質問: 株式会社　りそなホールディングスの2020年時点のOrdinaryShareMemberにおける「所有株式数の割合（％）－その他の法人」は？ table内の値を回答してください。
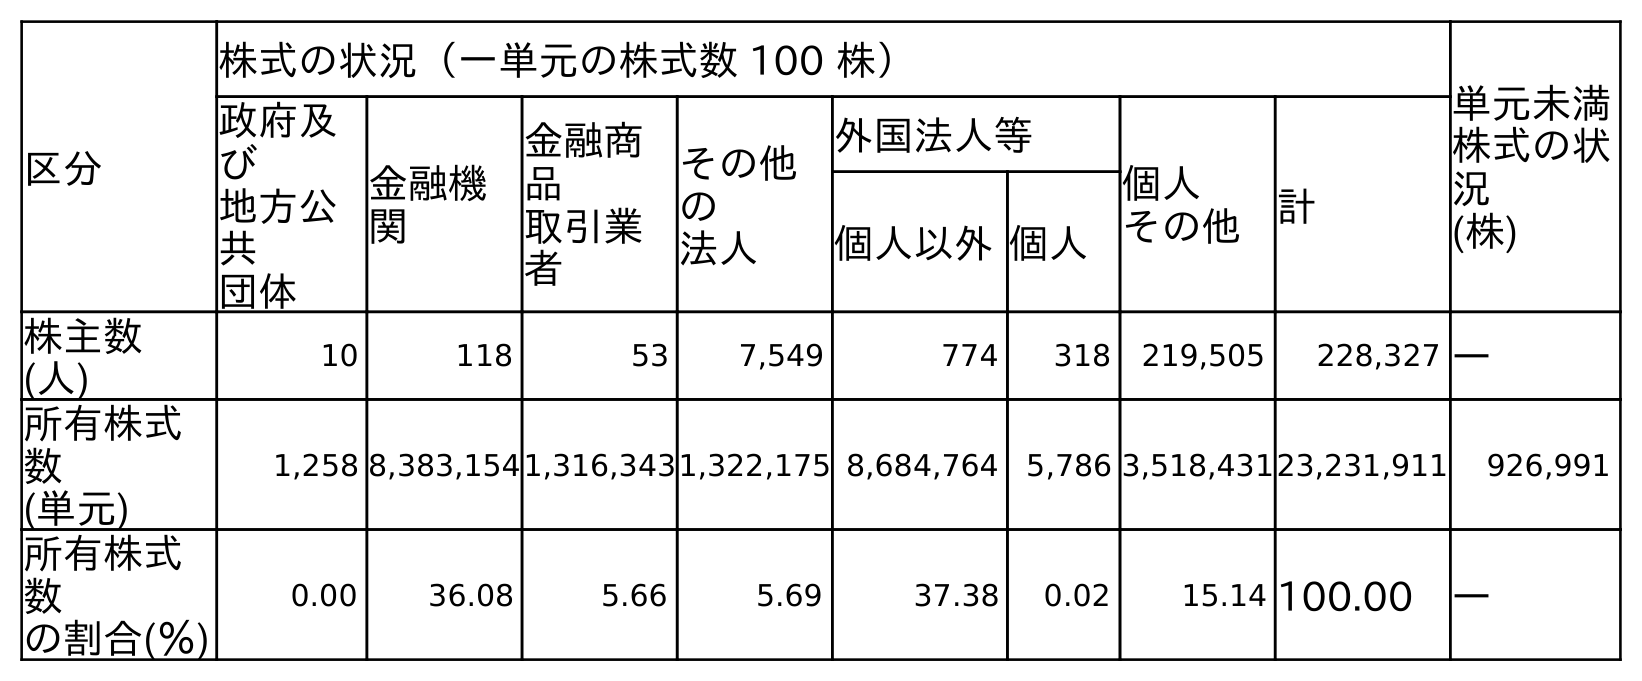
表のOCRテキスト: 区分 株式の状況（一単元の株式数 100 株） 単元未満 株式の状 況 (株) 政府及 び 地方公 共 団体 金融機 関 金融商 品 取引業 者 その他 の 法人 外国法人等 個人 その他 計 個人以外個人 株主数 (人) 10 118 53 7,549 774 318 219,505 228,327 ― 所有株式 数 (単元) 1,258 8,383,1541,316,3431,322,175 8,684,764 5,786 3,518,43123,231,911 926,991 所有株式 数 の割合(％) 0.00 36.08 5.66 5.69 37.38 0.02 15.14 100.00 ―
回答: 5.69